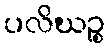
ပလိဃဉ္စ